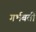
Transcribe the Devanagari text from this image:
गर्भबती